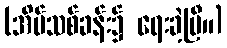
(အိမ်သစ်ခန်း၌ ရေးခဲ့ပြီ။)